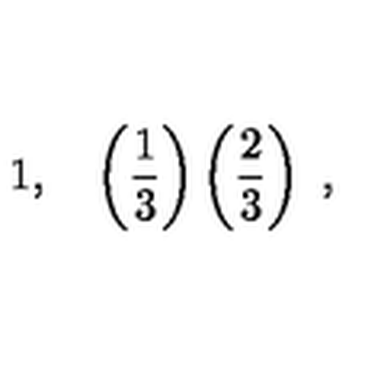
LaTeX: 1 , \quad \left( \frac { 1 } { 3 } \right) \left( \frac { 2 } { 3 } \right) \ ,